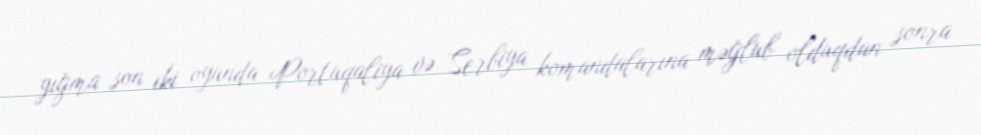
yığma son iki oyunda Portuqaliya və Serbiya komandalarına məğlub olduqdan sonra